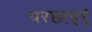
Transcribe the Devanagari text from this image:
परछाइर्ं